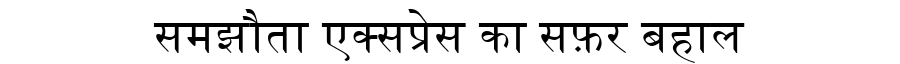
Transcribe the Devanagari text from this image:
समझौता एक्सप्रेस का सफ़र बहाल